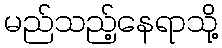
မည်သည့်နေရာသို့